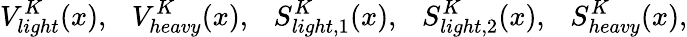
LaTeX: V_{light}^{K}(x),~~~V_{heavy}^{K}(x),~~~S_{light,1}^{K}(x),~~~S_{light,2}^{K}(x),~~~S_{heavy}^{K}(x),